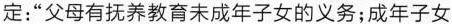
定：“父母有抚养教育未成年子女的义务；成年子女